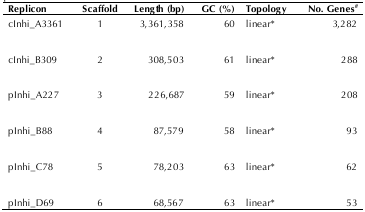
| Replicon | Scaffold | Length (bp) | GC (%) | Topology | No. Genes# |
 | --- | --- | --- | --- | --- | --- |
 | cInhi_A3361 | 1 | 3,361,358 | 60 | linear* | 3,282 |
 | cInhi_B309 | 2 | 308,503 | 61 | linear* | 288 |
 | pInhi_A227 | 3 | 226,687 | 59 | linear* | 208 |
 | pInhi_B88 | 4 | 87,579 | 58 | linear* | 93 |
 | pInhi_C78 | 5 | 78,203 | 63 | linear* | 62 |
 | pInhi_D69 | 6 | 68,567 | 63 | linear* | 53 |